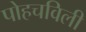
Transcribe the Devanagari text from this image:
पोहचविली